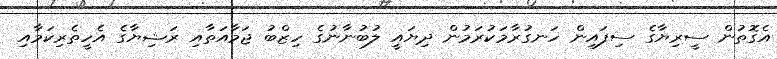
އެގޮތުން ސީރިޔާގެ ސިފައިން ހަނގުރާމަކުރަމުން ދިޔައީ ލުބުނާނުގެ ހިޒްބު ޖަމާއަތާއި ރަޝިޔާގެ އެހީތެރިކަމާއި